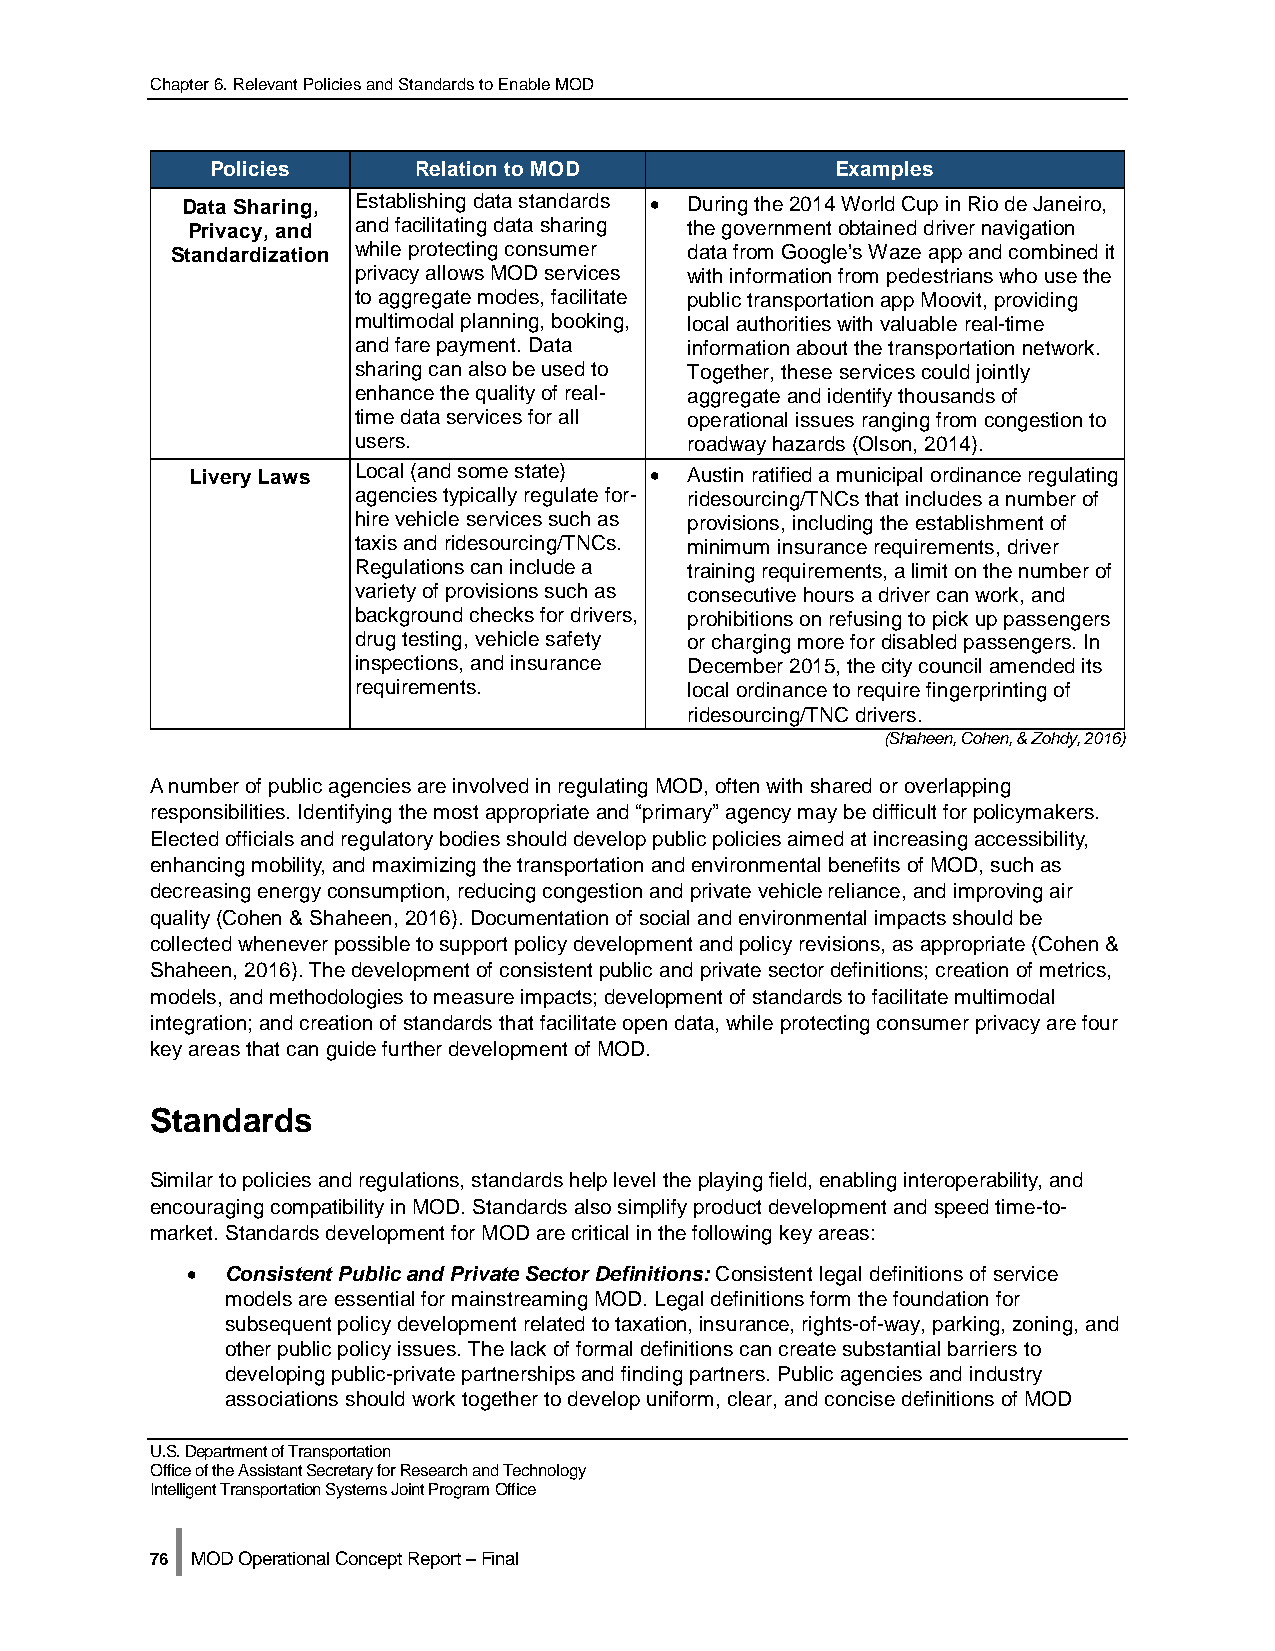
Chapter 6. Relevant Policies and Standards to Enable MOD
 Policies     Relation to MOD             Examples
 Data Sharing, Establishing data standards • During the 2014 World Cup in Rio de Janeiro,
 Privacy, and and facilitating data sharing the government obtained driver navigation
 Standardization while protecting consumer data from Google’s Waze app and combined it
 privacy allows MOD services with information from pedestrians who use the
 to aggregate modes, facilitate public transportation app Moovit, providing
 multimodal planning, booking, local authorities with valuable real-time
 and fare payment. Data information about the transportation network.
 sharing can also be used to Together, these services could jointly
 enhance the quality of real- aggregate and identify thousands of
 time data services for all operational issues ranging from congestion to
 users.                 roadway hazards (Olson, 2014).
 Livery Laws Local (and some state) • Austin ratified a municipal ordinance regulating
 agencies typically regulate for- ridesourcing/TNCs that includes a number of
 hire vehicle services such as provisions, including the establishment of
 taxis and ridesourcing/TNCs. minimum insurance requirements, driver
 Regulations can include a training requirements, a limit on the number of
 variety of provisions such as consecutive hours a driver can work, and
 background checks for drivers, prohibitions on refusing to pick up passengers
 drug testing, vehicle safety or charging more for disabled passengers. In
 inspections, and insurance December 2015, the city council amended its
 requirements.          local ordinance to require fingerprinting of
 ridesourcing/TNC drivers.
 (Shaheen, Cohen, & Zohdy, 2016)
 A number of public agencies are involved in regulating MOD, often with shared or overlapping
 responsibilities. Identifying the most appropriate and “primary” agency may be difficult for policymakers.
 Elected officials and regulatory bodies should develop public policies aimed at increasing accessibility,
 enhancing mobility, and maximizing the transportation and environmental benefits of MOD, such as
 decreasing energy consumption, reducing congestion and private vehicle reliance, and improving air
 quality (Cohen & Shaheen, 2016). Documentation of social and environmental impacts should be
 collected whenever possible to support policy development and policy revisions, as appropriate (Cohen &
 Shaheen, 2016). The development of consistent public and private sector definitions; creation of metrics,
 models, and methodologies to measure impacts; development of standards to facilitate multimodal
 integration; and creation of standards that facilitate open data, while protecting consumer privacy are four
 key areas that can guide further development of MOD.
 Standards
 Similar to policies and regulations, standards help level the playing field, enabling interoperability, and
 encouraging compatibility in MOD. Standards also simplify product development and speed time-to-
 market. Standards development for MOD are critical in the following key areas:
 •  Consistent Public and Private Sector Definitions: Consistent legal definitions of service
 models are essential for mainstreaming MOD. Legal definitions form the foundation for
 subsequent policy development related to taxation, insurance, rights-of-way, parking, zoning, and
 other public policy issues. The lack of formal definitions can create substantial barriers to
 developing public-private partnerships and finding partners. Public agencies and industry
 associations should work together to develop uniform, clear, and concise definitions of MOD
 U.S. Department of Transportation
 Office of the Assistant Secretary for Research and Technology
 Intelligent Transportation Systems Joint Program Office
 |
 76 MOD Operational Concept Report – Final